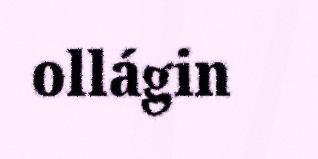
ollágin